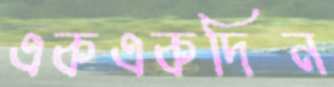
একএকদিন